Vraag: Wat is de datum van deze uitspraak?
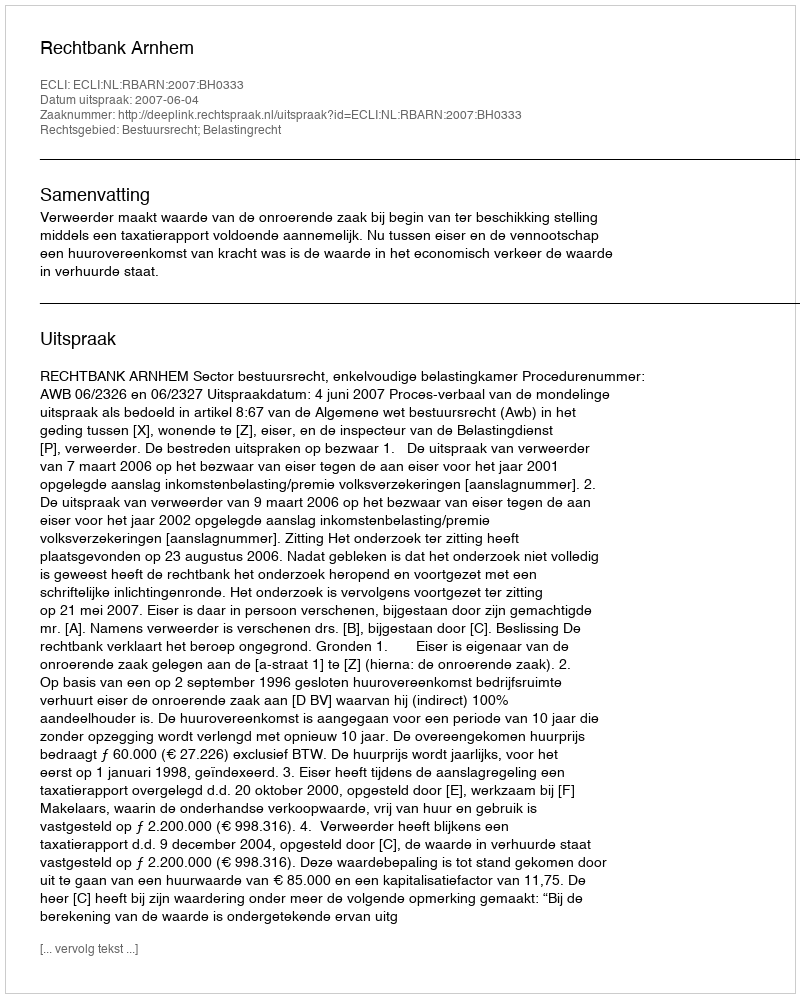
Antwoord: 2007-06-04